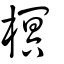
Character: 榠